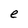
Character: e